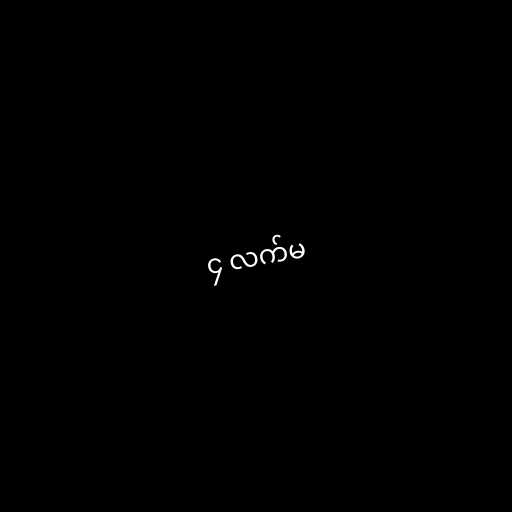
၄ လက်မ